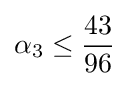
\alpha _{3}\leq {\frac {43}{96}}\